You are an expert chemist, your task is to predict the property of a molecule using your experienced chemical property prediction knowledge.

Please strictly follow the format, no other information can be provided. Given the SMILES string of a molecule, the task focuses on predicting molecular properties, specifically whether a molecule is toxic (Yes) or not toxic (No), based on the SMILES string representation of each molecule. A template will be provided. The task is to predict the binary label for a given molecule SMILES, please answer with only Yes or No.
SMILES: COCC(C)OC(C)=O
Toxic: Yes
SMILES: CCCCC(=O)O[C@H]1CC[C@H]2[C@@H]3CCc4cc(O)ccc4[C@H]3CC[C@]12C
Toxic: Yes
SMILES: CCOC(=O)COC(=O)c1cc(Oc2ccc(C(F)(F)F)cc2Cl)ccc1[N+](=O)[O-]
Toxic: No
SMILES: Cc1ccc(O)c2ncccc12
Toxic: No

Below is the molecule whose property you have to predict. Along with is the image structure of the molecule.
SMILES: Cc1cc(C(=O)O)ccc1[N+](=O)[O-]
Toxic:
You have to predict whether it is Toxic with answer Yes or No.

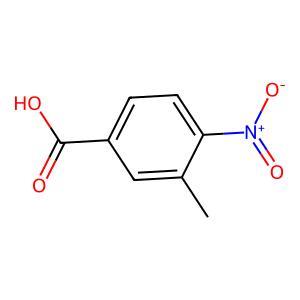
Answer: No